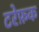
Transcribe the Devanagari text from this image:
टरेफ़क